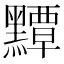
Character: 𪒤